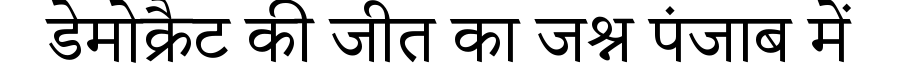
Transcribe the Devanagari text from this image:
डेमोक्रैट की जीत का जश्न पंजाब में